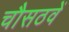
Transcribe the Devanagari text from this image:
चौसठवें